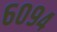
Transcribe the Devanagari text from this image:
६०९४